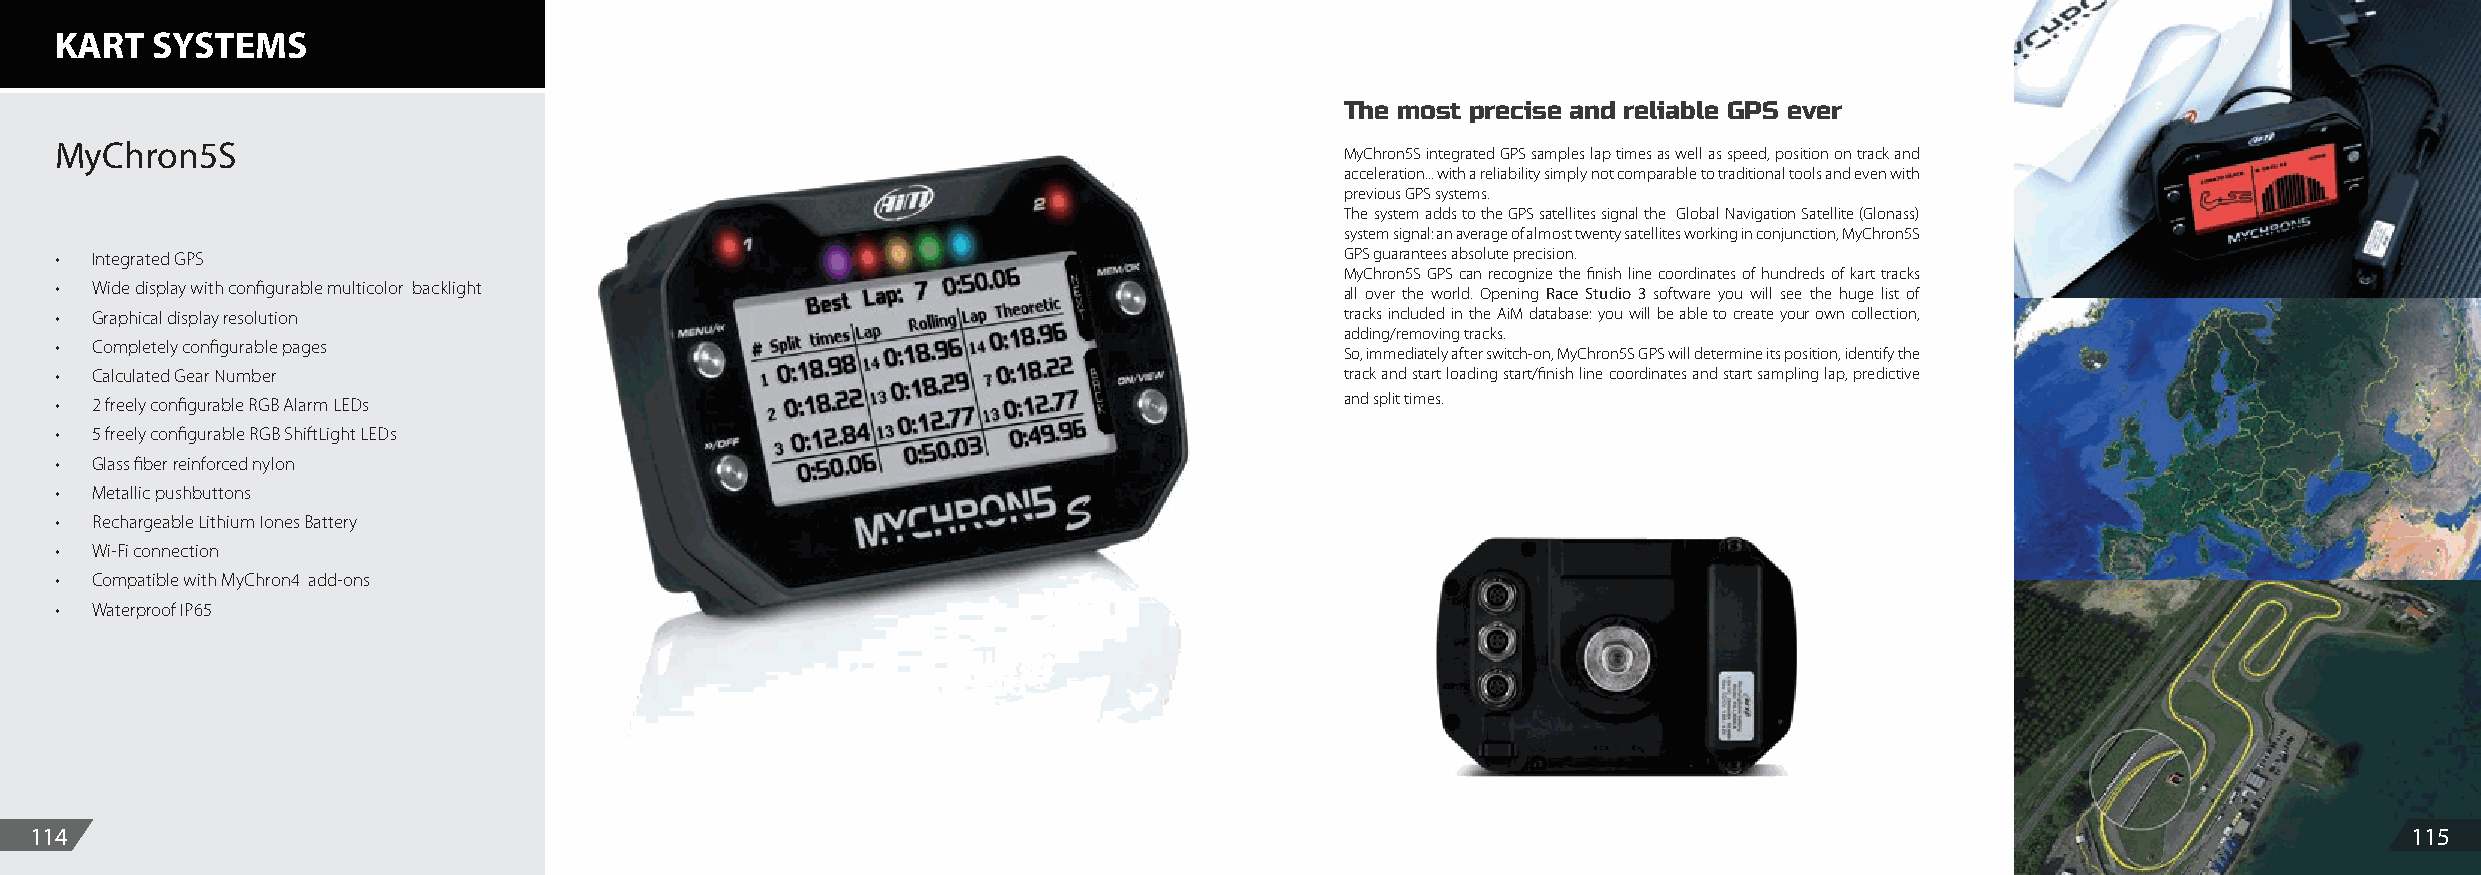
KART  SYSTEMS
 The most precise and reliable GPS ever
 MyChron5S
 MyChron5S integrated GPS samples lap times as well as speed, position on track and
 acceleration... with a reliability simply not comparable to traditional tools and even with
 previous GPS systems.
 The system adds to the GPS satellites signal the Global Navigation Satellite (Glonass)
 system signal: an average of almost twenty satellites working in conjunction, MyChron5S
 • Integrated GPS                                                                     GPS guarantees absolute precision.
 MyChron5S GPS can recognize the finish line coordinates of hundreds of kart tracks
 • Wide display with configurable multicolor backlight                                all over the world. Opening Race Studio 3 software you will see the huge list of
 • Graphical display resolution                                                       tracks included in the AiM database: you will be able to create your own collection,
 adding/removing tracks.
 • Completely configurable pages
 So, immediately after switch-on, MyChron5S GPS will determine its position, identify the
 • Calculated Gear Number                                                             track and start loading start/finish line coordinates and start sampling lap, predictive
 • 2 freely configurable RGB Alarm LEDs                                               and split times.
 • 5 freely configurable RGB ShiftLight LEDs
 • Glass fiber reinforced nylon
 • Metallic pushbuttons
 • Rechargeable Lithium Iones Battery
 • Wi-Fi connection
 • Compatible with MyChron4 add-ons
 • Waterproof IP65
 114                                                                                                                                                           115